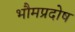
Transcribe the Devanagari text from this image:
भौमप्रदोष